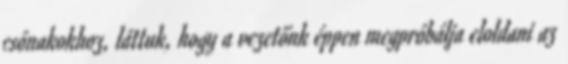
csónakokhoz, láttuk, hogy a vezetőnk éppen megpróbálja eloldani az